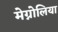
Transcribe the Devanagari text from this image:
मेग्नोलिया